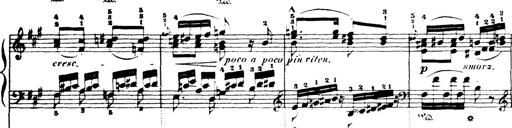
Title: Wagner-Liszt Album
Composer: Franz Liszt